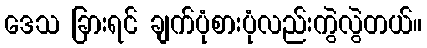
ဒေသ ခြားရင် ချက်ပုံစားပုံလည်းကွဲလွဲတယ်။